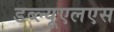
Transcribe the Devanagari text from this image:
डब्ल्यूएलएस